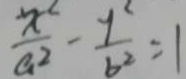
\frac { x ^ { 2 } } { a ^ { 2 } } - \frac { y ^ { 2 } } { b ^ { 2 } } = 1